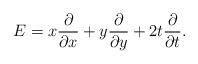
LaTeX: \begin{align*} E=x\frac{\partial}{\partial x}+y\frac{\partial}{\partial y}+2t\frac{\partial}{\partial t}.\end{align*}